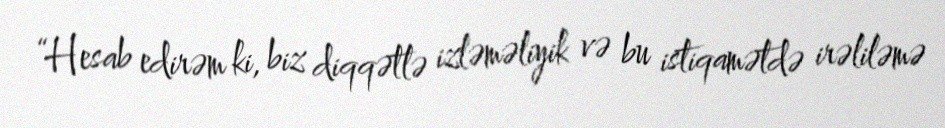
“Hesab edirəm ki, biz diqqətlə izləməliyik və bu istiqamətdə irəliləmə